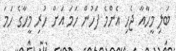
ބަލި މީހާއާ ޖެހި އެންމެ ފަހުން ހަމަ އަށް ހުރި މީހާގެ ހަމަ